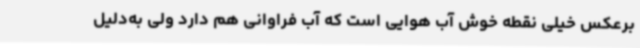
برعکس خیلی نقطه خوش آب هوایی است که آب فراوانی هم دارد ولی به‌دلیل